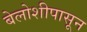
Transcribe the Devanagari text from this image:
बेलोशीपासून